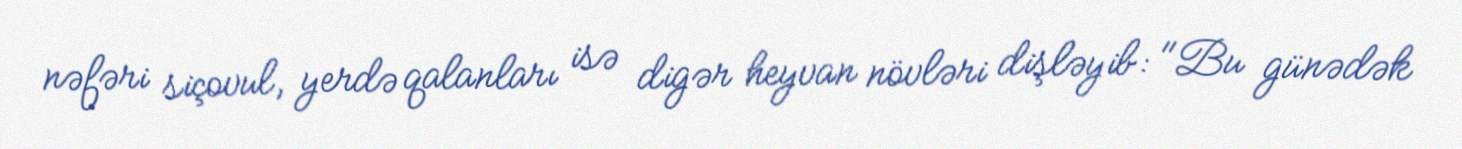
nəfəri siçovul, yerdə qalanları isə digər heyvan növləri dişləyib: "Bu günədək